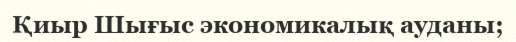
Қиыр Шығыс экономикалық ауданы;